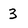
Character: 3